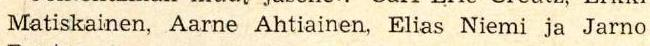
Matiskainen, Aarne Ahtiainen, Elias Niemi ja Jarno